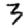
Digit: 3